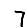
Digit: 7